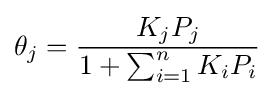
\theta _{j}={\dfrac {K_{j}P_{j}}{1+\sum _{i=1}^{n}K_{i}P_{i}}}